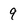
Character: 9